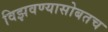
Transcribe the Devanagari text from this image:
विझवण्यासोबतच